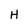
Character: H